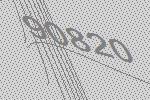
90820